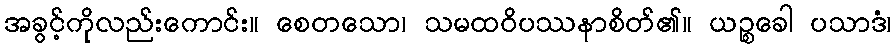
အခွင့်ကိုလည်းကောင်း။ စေတသော၊ သမထဝိပဿနာစိတ်၏။ ယဉ္စခေါ ပသာဒံ၊